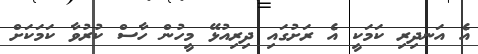
އެ އަނދިރި ކަމަކީ އެ ރަށުގައި ދިރިއުޅޭ މީހުން ހާސް ކުރުވާ ކަމަކަށް